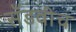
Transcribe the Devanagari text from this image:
सँडवीच